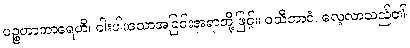
ပဉ္စဟာကာရေဟိ၊ ငါးပါးသောအခြင်းအရာတို့ဖြင့်။ ဝသီဘာဝံ၊ လေ့လာသည်၏